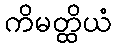
ကိမတ္ထိယံ